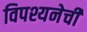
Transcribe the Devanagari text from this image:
विपश्यनेची